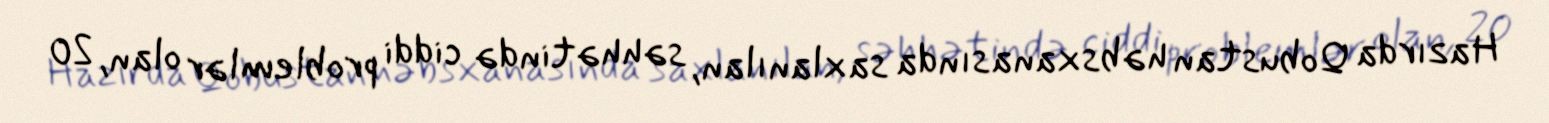
Hazırda Qobustan həbsxanasında saxlanılan, səhhətində ciddi problemlər olan, 20